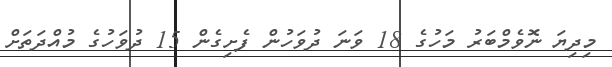
މިދިޔަ ނޮވެމްބަރު މަހުގެ 18 ވަނަ ދުވަހުން ފެށިގެން 15 ދުވަހުގެ މުއްދަތަށް